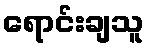
ရောင်းချသူ